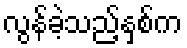
လွန်ခဲ့သည့်နှစ်က